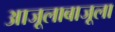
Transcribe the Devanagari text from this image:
आजूलाबाजूला